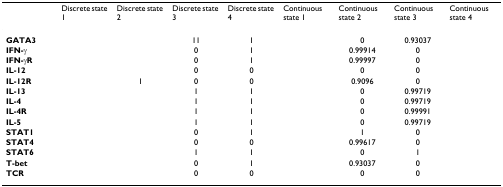
<table><thead><tr><td>[EMPTY_CELL]</td><td><b>Discrete state 1</b></td><td><b>Discrete state 2</b></td><td><b>Discrete state 3</b></td><td><b>Discrete state 4</b></td><td><b>Continuous state 1</b></td><td><b>Continuous state 2</b></td><td><b>Continuous state 3</b></td><td><b>Continuous state 4</b></td></tr></thead><tbody><tr><td><b>GATA3</b></td><td>[EMPTY_CELL]</td><td>[EMPTY_CELL]</td><td>11</td><td>1</td><td>[EMPTY_CELL]</td><td>0</td><td>0.93037</td><td>[EMPTY_CELL]</td></tr><tr><td><b>IFN-γ</b></td><td>[EMPTY_CELL]</td><td>[EMPTY_CELL]</td><td>0</td><td>1</td><td>[EMPTY_CELL]</td><td>0.99914</td><td>0</td><td>[EMPTY_CELL]</td></tr><tr><td><b>IFN-γR</b></td><td>[EMPTY_CELL]</td><td>[EMPTY_CELL]</td><td>0</td><td>1</td><td>[EMPTY_CELL]</td><td>0.99997</td><td>0</td><td>[EMPTY_CELL]</td></tr><tr><td><b>IL-12</b></td><td>[EMPTY_CELL]</td><td>[EMPTY_CELL]</td><td>0</td><td>0</td><td>[EMPTY_CELL]</td><td>0</td><td>0</td><td>[EMPTY_CELL]</td></tr><tr><td><b>IL-12R</b></td><td>[EMPTY_CELL]</td><td>1</td><td>0</td><td>0</td><td>[EMPTY_CELL]</td><td>0.9096</td><td>0</td><td>[EMPTY_CELL]</td></tr><tr><td><b>IL-13</b></td><td>[EMPTY_CELL]</td><td>[EMPTY_CELL]</td><td>1</td><td>1</td><td>[EMPTY_CELL]</td><td>0</td><td>0.99719</td><td>[EMPTY_CELL]</td></tr><tr><td><b>IL-4</b></td><td>[EMPTY_CELL]</td><td>[EMPTY_CELL]</td><td>1</td><td>1</td><td>[EMPTY_CELL]</td><td>0</td><td>0.99719</td><td>[EMPTY_CELL]</td></tr><tr><td><b>IL-4R</b></td><td>[EMPTY_CELL]</td><td>[EMPTY_CELL]</td><td>1</td><td>1</td><td>[EMPTY_CELL]</td><td>0</td><td>0.99991</td><td>[EMPTY_CELL]</td></tr><tr><td><b>IL-5</b></td><td>[EMPTY_CELL]</td><td>[EMPTY_CELL]</td><td>1</td><td>1</td><td>[EMPTY_CELL]</td><td>0</td><td>0.99719</td><td>[EMPTY_CELL]</td></tr><tr><td><b>STAT1</b></td><td>[EMPTY_CELL]</td><td>[EMPTY_CELL]</td><td>0</td><td>1</td><td>[EMPTY_CELL]</td><td>1</td><td>0</td><td>[EMPTY_CELL]</td></tr><tr><td><b>STAT4</b></td><td>[EMPTY_CELL]</td><td>[EMPTY_CELL]</td><td>0</td><td>0</td><td>[EMPTY_CELL]</td><td>0.99617</td><td>0</td><td>[EMPTY_CELL]</td></tr><tr><td><b>STAT6</b></td><td>[EMPTY_CELL]</td><td>[EMPTY_CELL]</td><td>1</td><td>1</td><td>[EMPTY_CELL]</td><td>0</td><td>1</td><td>[EMPTY_CELL]</td></tr><tr><td><b>T-bet</b></td><td>[EMPTY_CELL]</td><td>[EMPTY_CELL]</td><td>0</td><td>1</td><td>[EMPTY_CELL]</td><td>0.93037</td><td>0</td><td>[EMPTY_CELL]</td></tr><tr><td><b>TCR</b></td><td>[EMPTY_CELL]</td><td>[EMPTY_CELL]</td><td>0</td><td>0</td><td>[EMPTY_CELL]</td><td>0</td><td>0</td><td>[EMPTY_CELL]</td></tr></tbody></table>